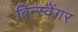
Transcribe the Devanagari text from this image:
बिन्स्वेंगर